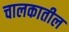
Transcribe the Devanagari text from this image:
चालकातील